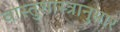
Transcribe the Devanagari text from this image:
वास्तुशास्त्रानुसार